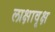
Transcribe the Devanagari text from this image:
लाक्षावृक्ष